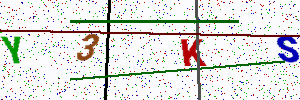
Text: Y3KS